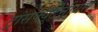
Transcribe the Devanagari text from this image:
ट्रांसक्यूटेनीयस